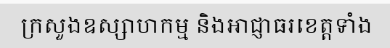
ក្រសួងឧស្សាហកម្ម និងអាជ្ញាធរខេត្តទាំង